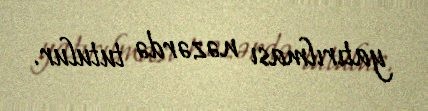
yatırılması nəzərdə tutulur.